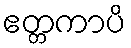
ဧတ္တကာပိ